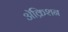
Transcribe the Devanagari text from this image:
ॲक्रिशन